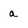
Character: a